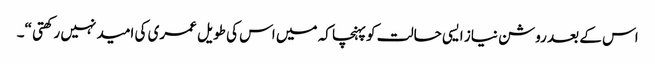
اس کے بعد روشن نیاز ایسی حالت کو پہنچا کہ میں اس کی طویل عمری کی امید نہیں رکھتی “۔